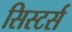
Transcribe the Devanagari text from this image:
सिस्टर्स